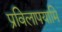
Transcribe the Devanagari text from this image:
प्रविलापयामि